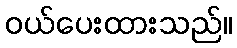
ဝယ်ပေးထားသည်။